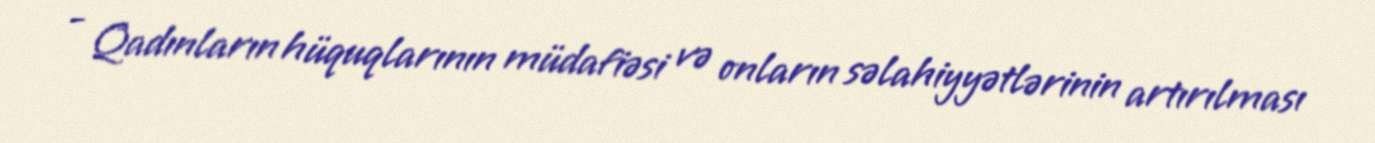
- Qadınların hüquqlarının müdafiəsi və onların səlahiyyətlərinin artırılması